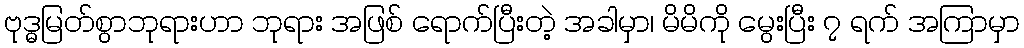
ဗုဒ္ဓမြတ်စွာဘုရားဟာ ဘုရား အဖြစ် ရောက်ပြီးတဲ့ အခါမှာ၊ မိမိကို မွေးပြီး ၇ ရက် အကြာမှာ